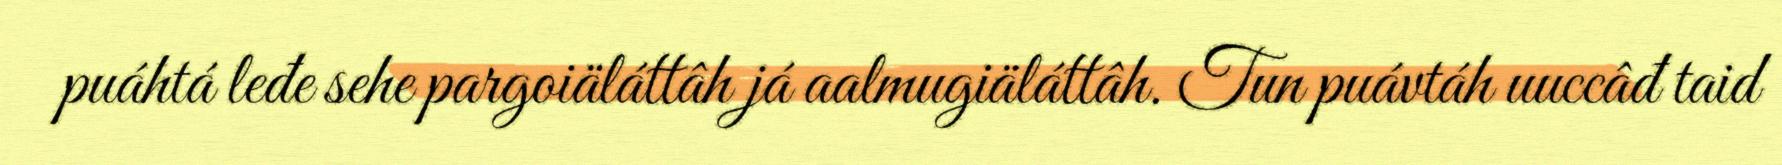
puáhtá leđe sehe pargoiäláttâh já aalmugiäláttâh. Tun puávtáh uuccâđ taid